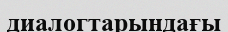
диалогтарындағы